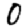
Digit: 0